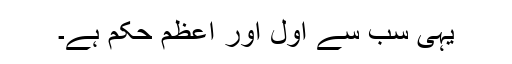
یہی سب سے اول اور اعظم حکم ہے۔